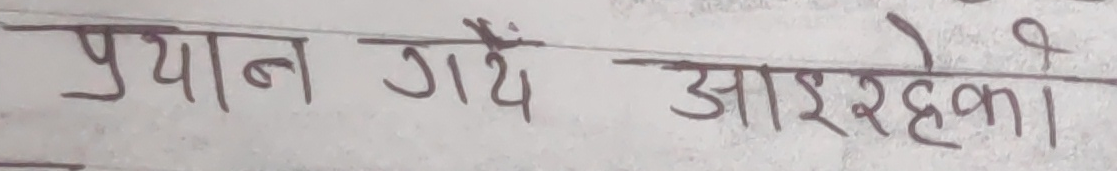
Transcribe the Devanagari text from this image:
प्रयाण गयैं आइरहेका।